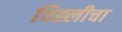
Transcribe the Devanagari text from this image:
चिह्लीचा